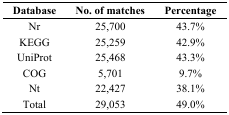
<table><thead><tr><td><b>Database</b></td><td><b>No. of matches</b></td><td><b>Percentage</b></td></tr></thead><tbody><tr><td>Nr</td><td>25,700</td><td>43.7%</td></tr><tr><td>KEGG</td><td>25,259</td><td>42.9%</td></tr><tr><td>UniProt</td><td>25,468</td><td>43.3%</td></tr><tr><td>COG</td><td>5,701</td><td>9.7%</td></tr><tr><td>Nt</td><td>22,427</td><td>38.1%</td></tr><tr><td>Total</td><td>29,053</td><td>49.0%</td></tr></tbody></table>